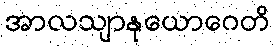
အာလသျာနုယောဂေတိ